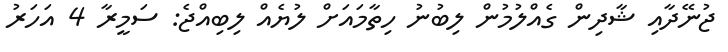
ޖުނޭދާއި ޝާދިން ގެއްލުމުން ލިބުނު ހިތާމައަށް ލުޔެއް ލިބިއްޖެ: ސަމީރާ 4 އަހަރު